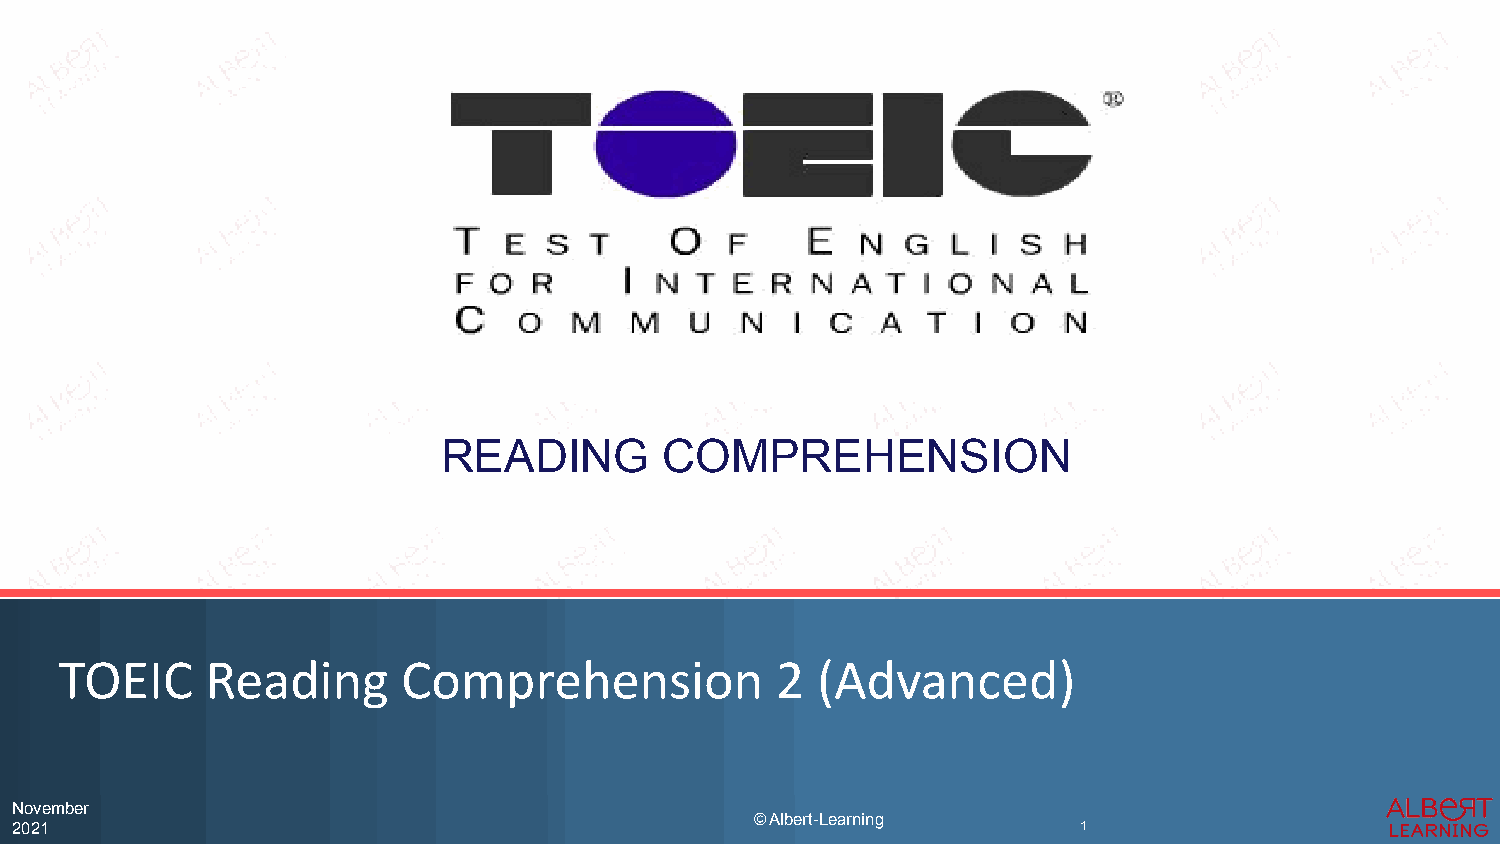
READING        COMPREHENSION
 TOEIC     Reading      Comprehension           2  (Advanced)
 November
 © Albert-Learning
 2021                                                                  1